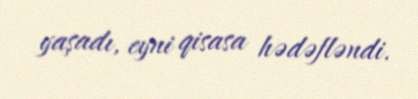
yaşadı, eyni qisasa hədəfləndi.